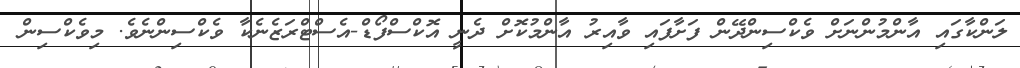
ލަންކާގައި އާންމުންނަށް ވެކްސިންދޭން ފަށާފައި ވާއިރު އާންމުކޮށް ދެނީ އޮކްސްފޯޑް-އެސްޓްރަޒެނެކާ ވެކްސިންނެވެ. މިވެކްސިން